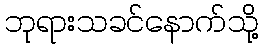
ဘုရားသခင်နောက်သို့